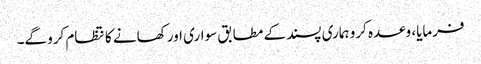
فرمایا، وعدہ کرو ہماری پسند کے مطابق سواری اور کھانے کا نتظام کرو گے۔